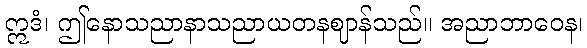
ဣဒံ၊ ဤနောသညာနာသညာယတနဈာန်သည်။ အညာဘာဝေန၊